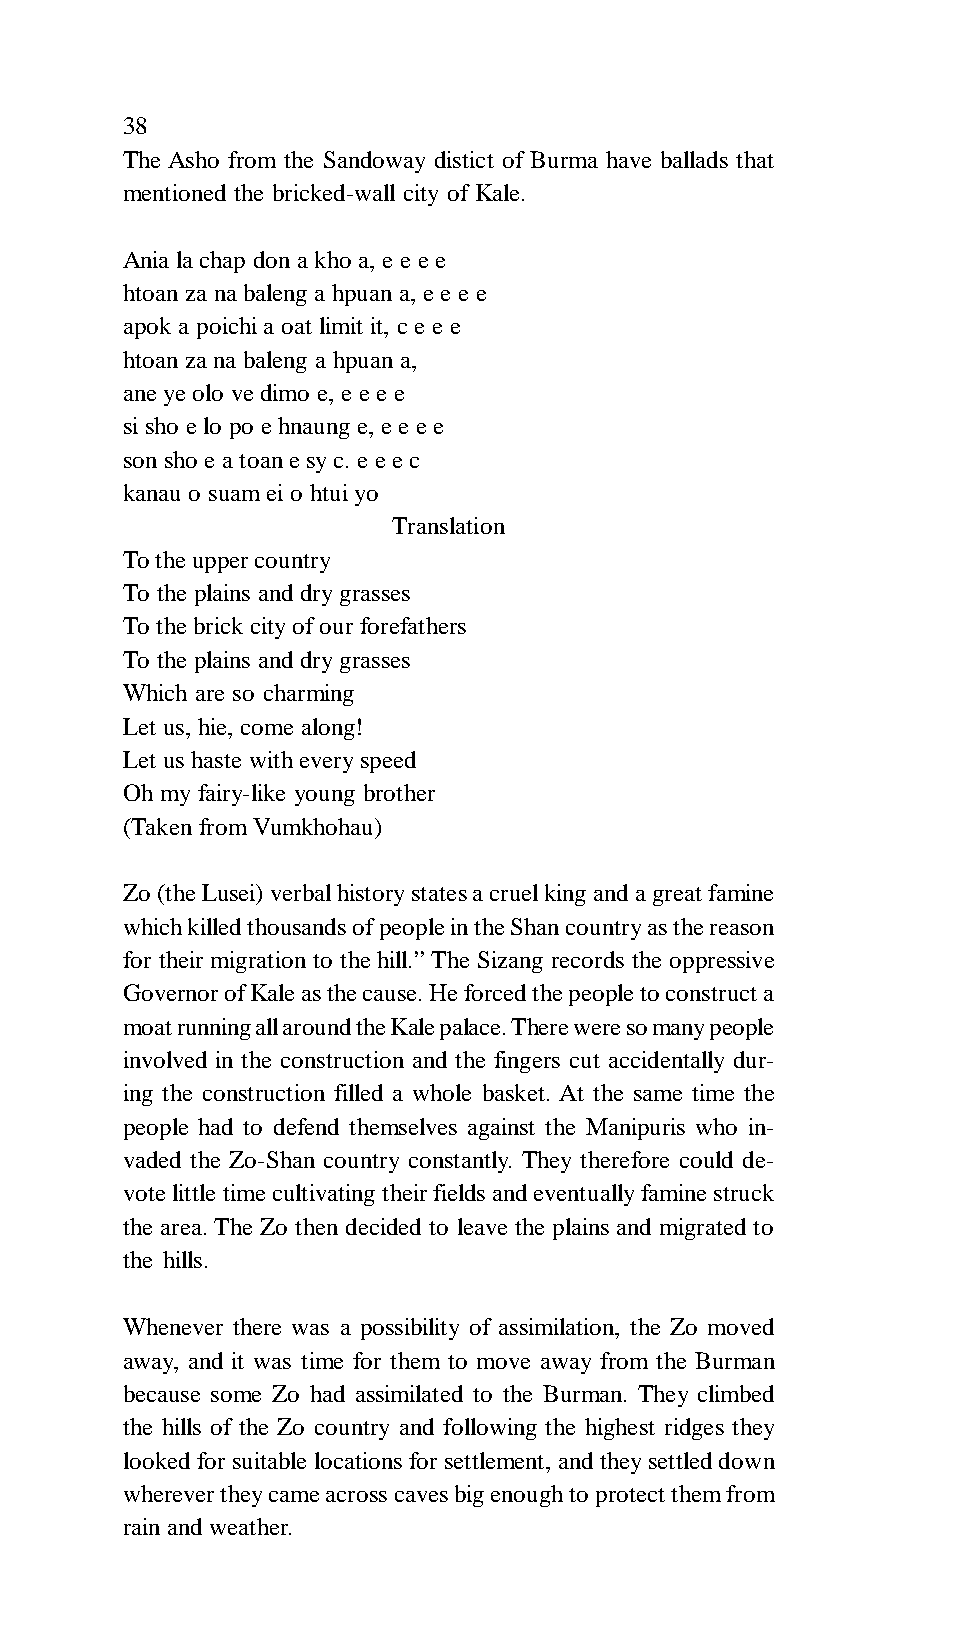
38
 The Asho from the Sandoway distict of Burma have ballads that
 mentioned the bricked-wall city of Kale.
 Ania la chap don a kho a, e e e e
 htoan za na baleng a hpuan a, e e e e
 apok a poichi a oat limit it, c e e e
 htoan za na baleng a hpuan a,
 ane ye olo ve dimo e, e e e e
 si sho e lo po e hnaung e, e e e e
 son sho e a toan e sy c. e e e c
 kanau o suam ei o htui yo
 Translation
 To the upper country
 To the plains and dry grasses
 To the brick city of our forefathers
 To the plains and dry grasses
 Which are so charming
 Let us, hie, come along!
 Let us haste with every speed
 Oh my fairy-like young brother
 (Taken from Vumkhohau)
 Zo (the Lusei) verbal history states a cruel king and a great famine
 which killed thousands of people in the Shan country as the reason
 for their migration to the hill.” The Sizang records the oppressive
 Governor of Kale as the cause. He forced the people to construct a
 moat running all around the Kale palace. There were so many people
 involved in the construction and the fingers cut accidentally dur-
 ing the construction filled a whole basket. At the same time the
 people had to defend themselves against the Manipuris who in-
 vaded the Zo-Shan country constantly. They therefore could de-
 vote little time cultivating their fields and eventually famine struck
 the area. The Zo then decided to leave the plains and migrated to
 the hills.
 Whenever there was a possibility of assimilation, the Zo moved
 away, and it was time for them to move away from the Burman
 because some Zo had assimilated to the Burman. They climbed
 the hills of the Zo country and following the highest ridges they
 looked for suitable locations for settlement, and they settled down
 wherever they came across caves big enough to protect them from
 rain and weather.